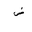
Letter: _dad